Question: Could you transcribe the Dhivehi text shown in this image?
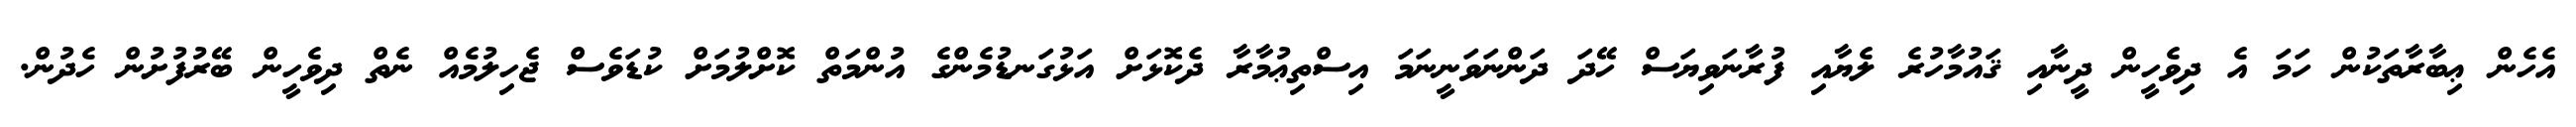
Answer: އެހެން ޢިބާރާތަކުން ހަމަ އެ ދިވެހީން ދީނާއި ޤައުމާހުރެ ލެޔާއި ފުރާނަވިޔަސް ހޭދަ ދަންނަވަނީނަމަ އިސްތިޢުމާރާ ދެކޮޅަށް އަޅުގަނޑުމެންގެ އުންމަތް ކޮށްލުމަށް ކުޑަވެސް ޖެހިލުމެއް ނެތް ދިވެހީން ބޭރުފުށުން ހެދުން.